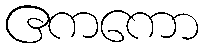
ဧကကော